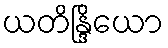
ယတိန္ဒြိယော